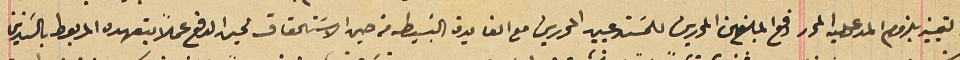
والتمييز بلزوم المدعى عليه المحرر دفع المبلغين المحررين للمسَتدعيين المحررين مع الفايدة البسَيطه من حين الاسَتحقاق لحين الدفع عملاً بتعهده المربوط بالسَندين